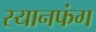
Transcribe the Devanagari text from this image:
स्यानफंग